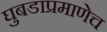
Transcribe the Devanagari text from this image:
घुबडाप्रमाणेच